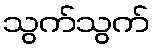
သွက်သွက်